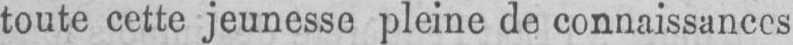
toute cette jeunesse pleine de connaissances